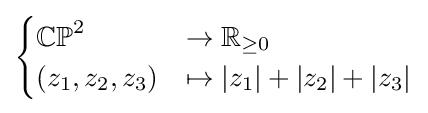
{\begin{cases}\mathbb {CP} ^{2}&\to \mathbb {R} _{\geq 0}\\(z_{1},z_{2},z_{3})&\mapsto |z_{1}|+|z_{2}|+|z_{3}|\end{cases}}